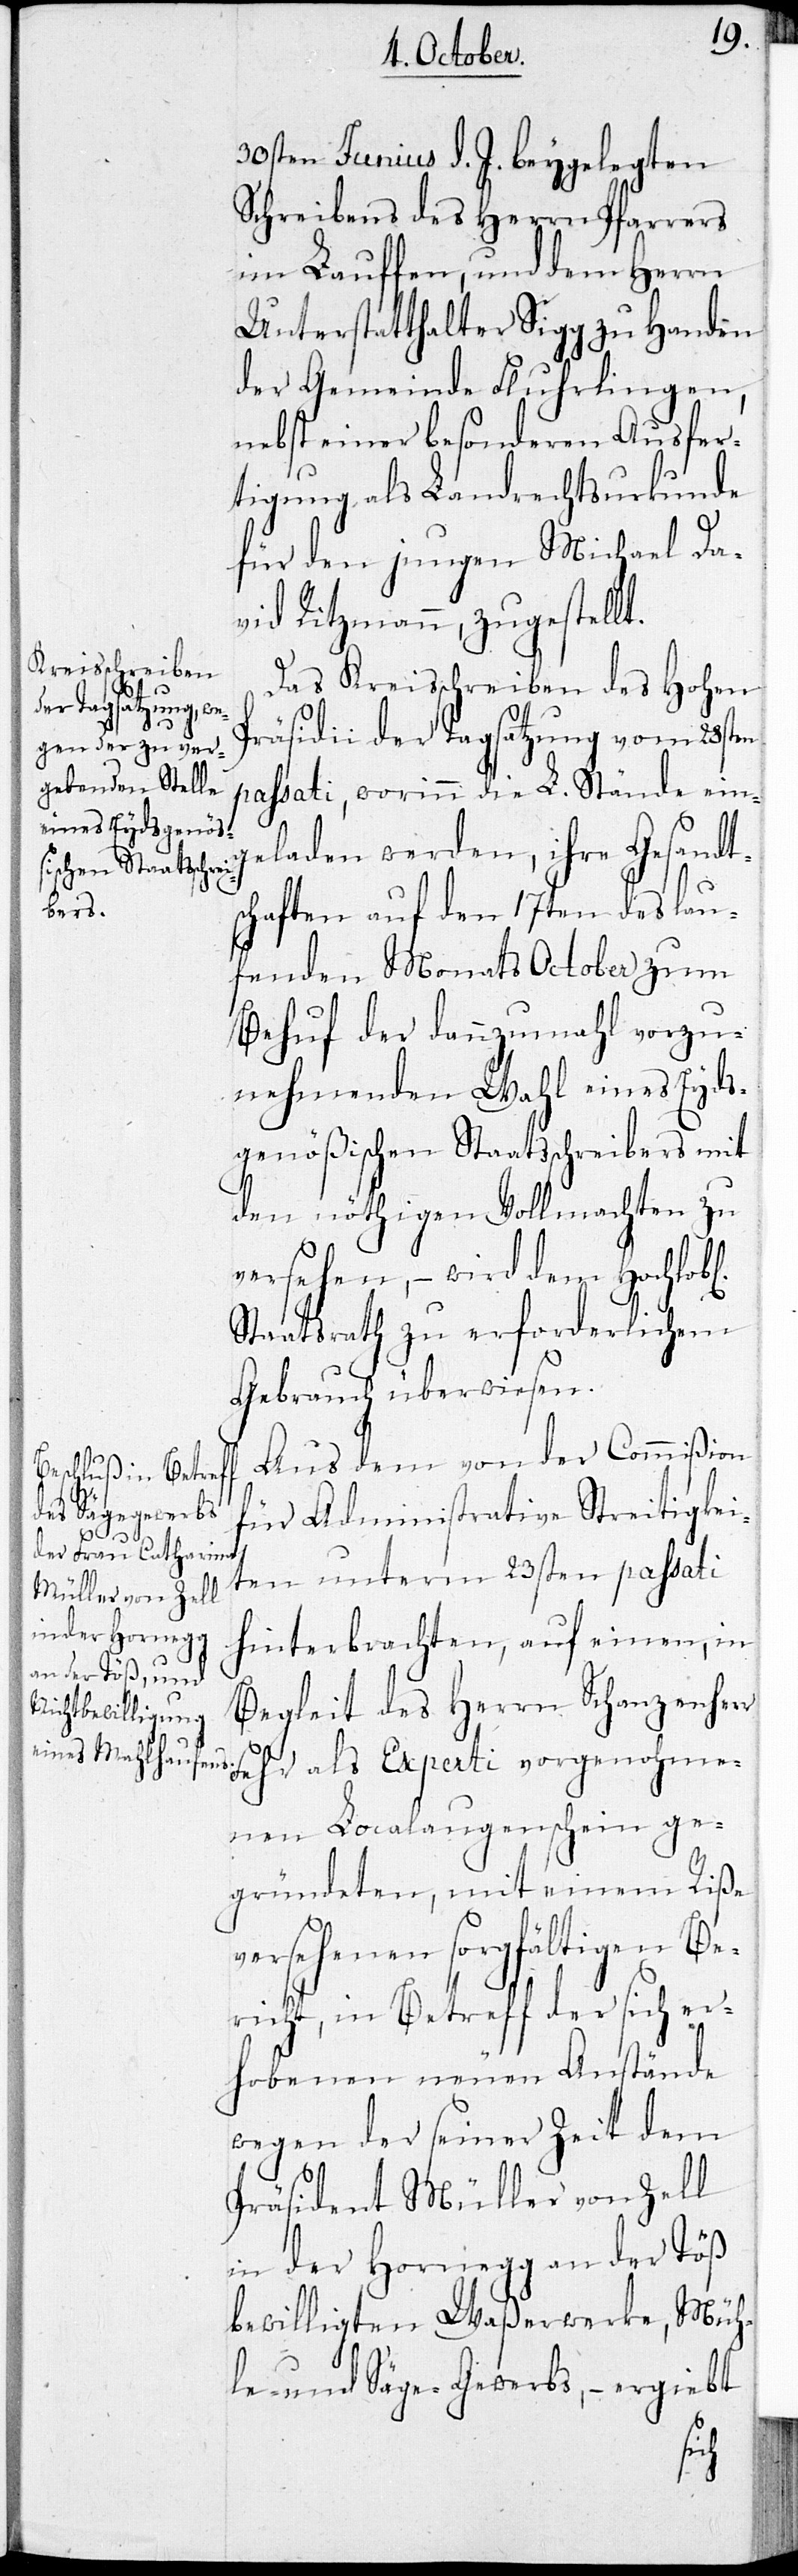
30sten Junius d. J. beygelegten
Schreibens des Herrn Pfarrers
in Laufen, und dem Herrn
Unterstatthalter Sigg zu Handen
der Gemeinde Fluhrlingen,
nebst einer besonderen Ausfer¬
tigung als Landrechtsurkunde
für den jungen Michael Da¬
vid Ritzmann, zugestellt.
Das Kreisschreiben des Hohen
Präsidii der Tagsatzung vom 28sten
passati, worinn die L. Stände eing¬
eladen werden, ihre Gesandt¬
schaften auf den 17ten des lau¬
fenden Monats October zum
Behuf der dannzumahl vorzu¬
nehmenden Wahl eines Eyds¬
genößischen Staatsschreibers mit
den nöthigen Vollmachten zu
versehen, – wird dem Hochlobl.
Staatsrath zu erforderlichem
Gebrauch überwiesen.
Aus dem von der Commißion
vorgenohme¬
für Administrative Streitigkei¬
ten unterm 23sten passati
hinterbrachten, auf einen, in
Begleit des Herrn Schanzenherr
nen Localaugenschein ge¬
gründeten, mit einem Riße
versehenen sorgfältigen Be¬
richt, in Betreff der sich er¬
hobenen neuen Anstände,
wegen der seiner Zeit dem
Präsident Müller von Zell
in der Hornegg an der Töß
bewilligten Waßerwerke, Müh¬
le- und Säge-Gewerbs, – ergiebt